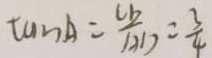
\tan A = \frac { C D } { A D } = \frac { 3 } { 4 }